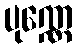
ပုဏ္ဏေ